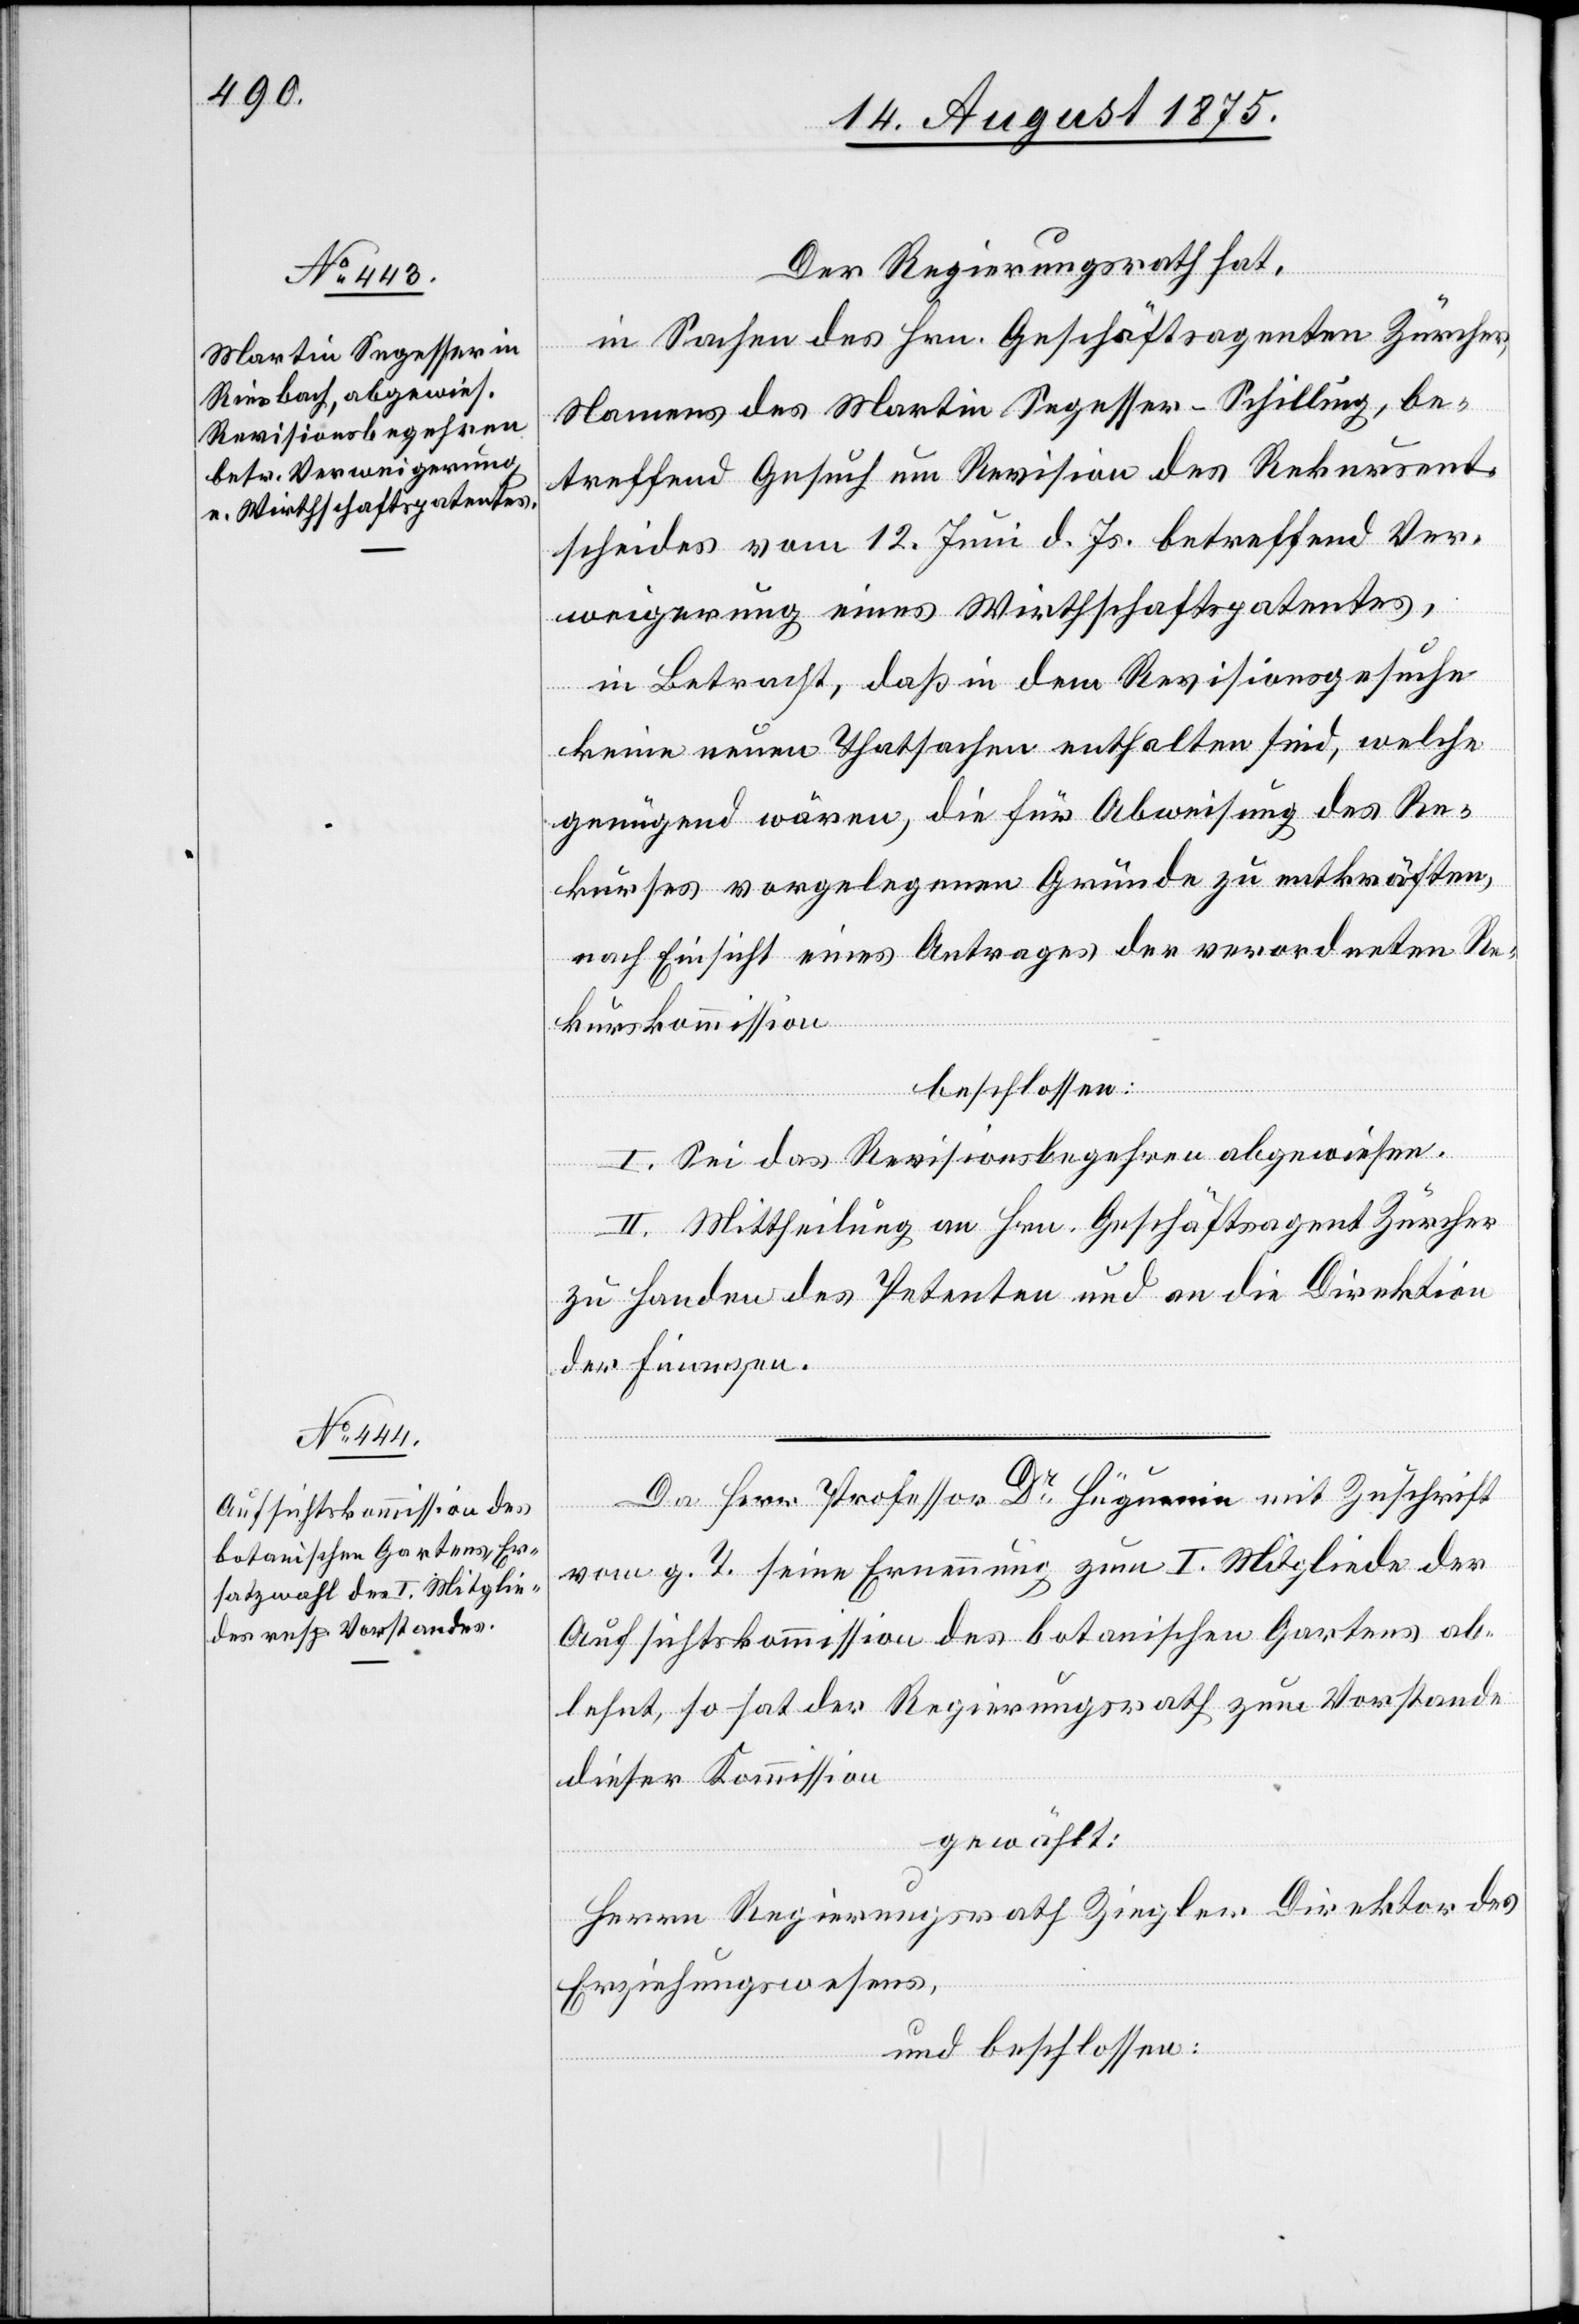
Der Regierungsrath hat,
in Sachen des Hrn. Geschäftsagenten Zürcher,
Namens des Martin Segesser-Schilling, be¬
treffend Gesuch um Revision des Rekursent¬
scheides vom 12. Juni d. Js. betreffend Ver¬
weigerung eines Wirthschaftspatentes,
in Betracht, daß in dem Revisionsgesuche
keine neuen Thatsachen enthalten sind, welche
genügend wären, die für Abweisung des Re¬
kurses vorgelegenen Gründe zu entkräften,
nach Einsicht eines Antrages der verordneten Re¬
kurskommission
beschlossen:
I. Sei das Revisionsbegehren abgewiesen.
II. Mittheilung an Hrn. Geschäftsagent Zürcher
zu Handen des Petenten und an die Direktion
der Finanzen.
Da Herr Professor Dr Hüguenin mit Zuschrift
vom g. T. seine Ernennung zum I. Mitgliedes der
Aufsichtskommission des botanischen Gartens ab¬
lehnt, so hat der Regierungsrath zum Vorstande
dieser Kommission
gewählt:
Herrn Regierungsrath Ziegler Direktor des
Erziehungswesens,
und beschlossen: